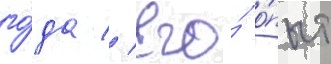
го́да // Его́ о́пыт